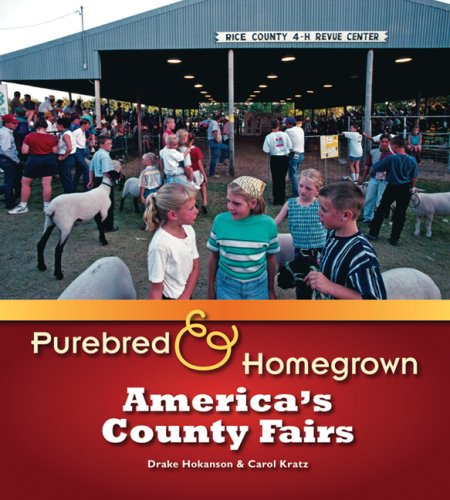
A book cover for Purebred and Homegrown: America's County Fairs; Drake Hokanson; Travel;